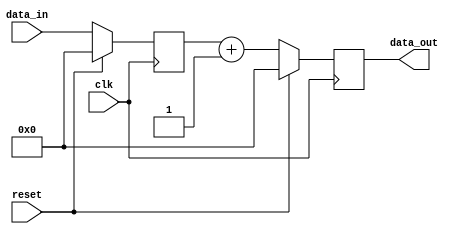
module synchronous_design (
    input wire clk,          // Clock signal
    input wire reset,        // Asynchronous reset signal
    input wire [7:0] data_in, // 8-bit input data
    output reg [7:0] data_out // 8-bit output data
);

// Internal state variable
reg [7:0] state;

// Behavioral block triggered by the rising edge of the clock
always @(posedge clk) begin
    if (reset) begin
        // Reset condition: set state and output to predefined values
        state <= 8'b0;          // Reset state to 0
        data_out <= 8'b0;       // Reset output to 0
    end else begin
        // Update state and output based on input
        state <= data_in;       // Update state with input data
        data_out <= state + 1;  // Example operation: increment state
    end
end

endmodule